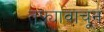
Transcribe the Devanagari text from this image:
तुझ्यावाचून